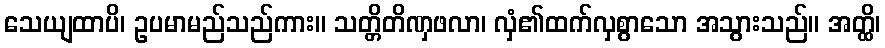
သေယျထာပိ၊ ဥပမာမည်သည်ကား။ သတ္တိတိဏှဖလာ၊ လှံ၏ထက်လှစွာသော အသွားသည်။ အတ္ထိ၊